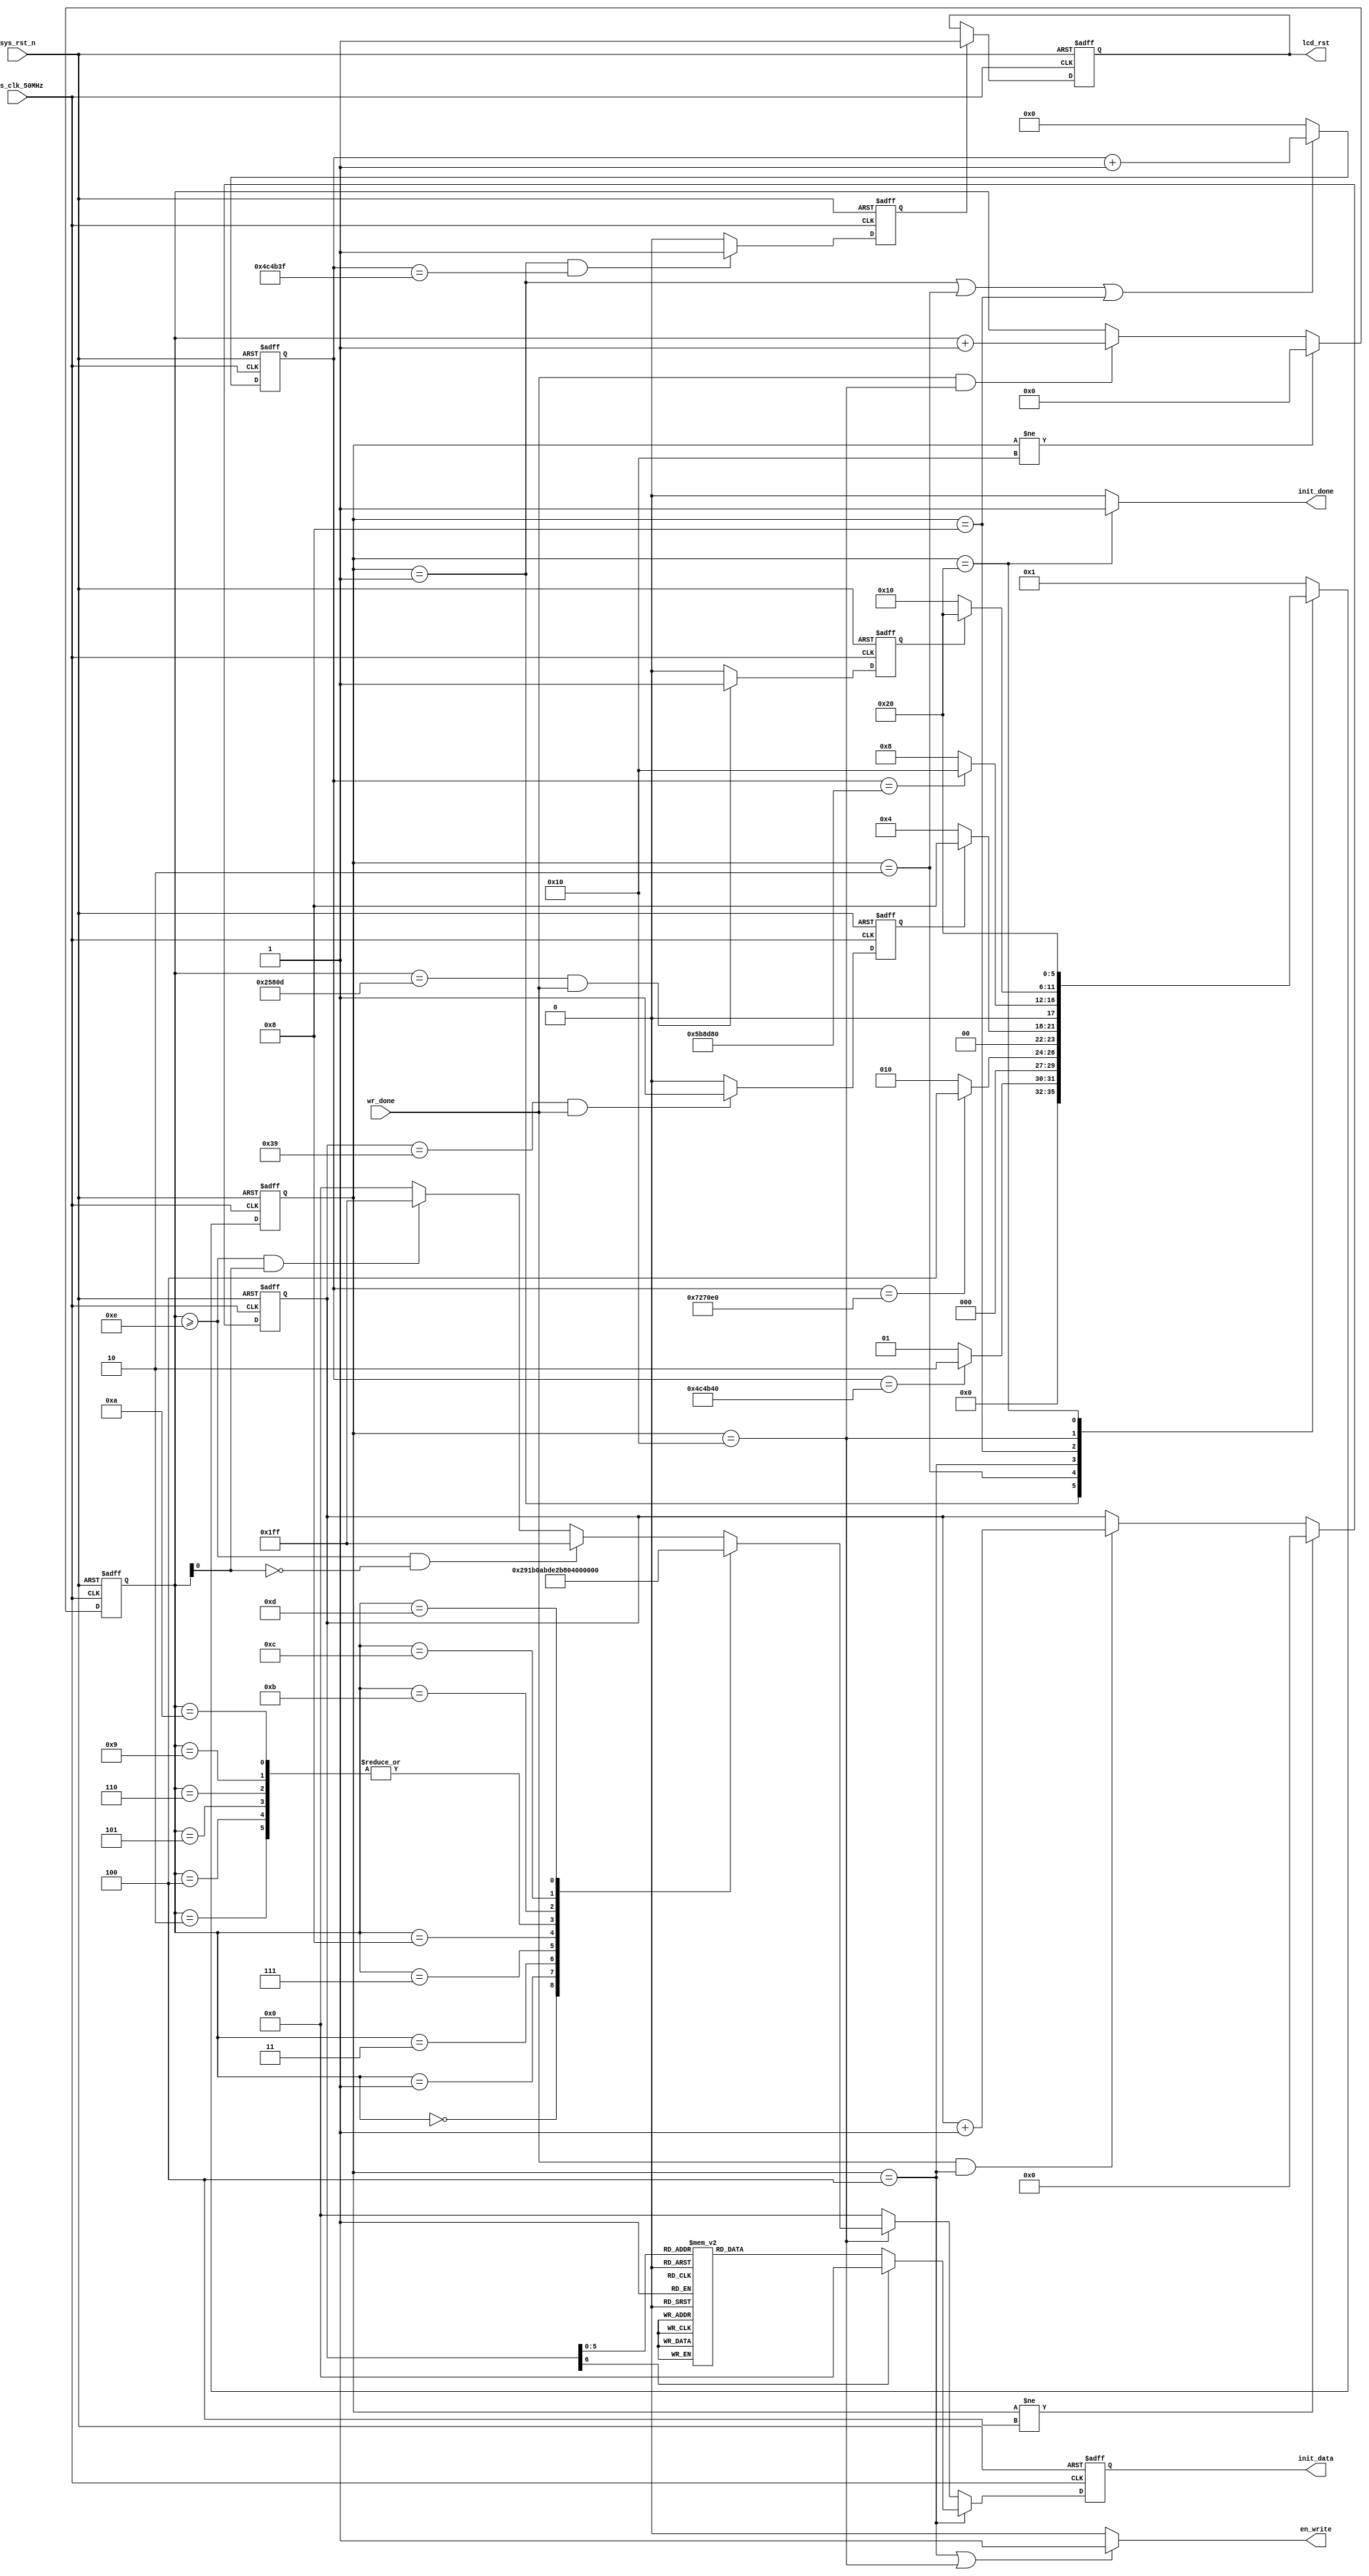


module lcd_init
//#(//
//    parameter   TIME100MS    = 23'd100,  //23'd5000_000  
//                TIME150MS    = 23'd150,  //23'd7500_000  
//                TIME120MS    = 23'd120,  //23'd6000_000  
//                TIMES4MAX    = 18'd51 ,  //320*240*2+13=153_613 
//                DATA_IDLE    = 9'b0_0000_0000
//)
 #(//lcd
     parameter   TIME100MS    = 23'd5000_000,  //23'd5000_000  
                 TIME150MS    = 23'd7500_000,  //23'd7500_000  
                 TIME120MS    = 23'd6000_000,  //23'd6000_000  
                 TIMES4MAX    = 18'd153_613 ,  //320*240*2+13=153_613   
                 DATA_IDLE    = 9'b0_0000_0000
 )
(
    input   wire            sys_clk_50MHz ,
    input   wire            sys_rst_n     ,
    input   wire            wr_done       ,
    
    
    output  reg             lcd_rst       ,
    output  reg     [8:0]   init_data     ,
    output  wire            en_write      ,
    output  wire            init_done
);
//****************** Parameter and Internal Signal *******************//
//
parameter   WHITE   = 16'hFFFF,
            BLACK   = 16'h0000,	  
            BLUE    = 16'h001F,  
            BRED    = 16'hF81F,
            GRED 	= 16'hFFE0,
            GBLUE	= 16'h07FF,
            RED     = 16'hF800,
            MAGENTA = 16'hF81F,
            GREEN   = 16'h07E0,
            CYAN    = 16'h7FFF,
            YELLOW  = 16'hFFE0,
            BROWN 	= 16'hBC40, //
            BRRED 	= 16'hFC07, //
            GRAY  	= 16'h8430; //

//----------------------------------------------------------------- 
reg [5:0]   state;
parameter   S0_DELAY100MS         = 6'b000_001, 
            S1_DELAY50MS          = 6'b000_010,
            S2_WR_90              = 6'b000_100,
            S3_DELAY120MS         = 6'b001_000,
            S4_WR_DIRECTION_CLEAR = 6'b010_000,
            DONE                  = 6'b100_000;
            
reg [22:0]  cnt_150ms;
reg         lcd_rst_high_flag;
reg [6:0]   cnt_s2_num;
reg         cnt_s2_num_done; 
reg [17:0]  cnt_s4_num;
reg         cnt_s4_num_done;   

//----------------------------------------------------------------- 
//            
always@(posedge sys_clk_50MHz or negedge sys_rst_n)
    if(!sys_rst_n)
        state <= S0_DELAY100MS;
    else
        case(state)
            S0_DELAY100MS:
                state <= (cnt_150ms == TIME100MS) ? S1_DELAY50MS : S0_DELAY100MS;
            S1_DELAY50MS:
                state <= (cnt_150ms == TIME150MS) ? S2_WR_90 : S1_DELAY50MS;
            S2_WR_90:
                state <= (cnt_s2_num_done) ? S3_DELAY120MS : S2_WR_90;
            S3_DELAY120MS:
                state <= (cnt_150ms == TIME120MS) ? S4_WR_DIRECTION_CLEAR : S3_DELAY120MS; 
            S4_WR_DIRECTION_CLEAR:
                state <= (cnt_s4_num_done) ? DONE : S4_WR_DIRECTION_CLEAR;
            DONE:
                state <= DONE;
            default:
                state <= S0_DELAY100MS;
        endcase

//cnt_150ms
always@(posedge sys_clk_50MHz or negedge sys_rst_n)
    if(!sys_rst_n)
        cnt_150ms <= 23'd0;
    else if(state == S0_DELAY100MS || state == S1_DELAY50MS || state == S3_DELAY120MS )
        cnt_150ms <= cnt_150ms + 1'b1;
    else
        cnt_150ms <= 23'd0;
        
//lcd_rst_high_flag
always@(posedge sys_clk_50MHz or negedge sys_rst_n)
    if(!sys_rst_n)
        lcd_rst_high_flag <= 1'b0;
    else if(state == S0_DELAY100MS && (cnt_150ms == TIME100MS - 1'b1))
        lcd_rst_high_flag <= 1'b1;
    else
        lcd_rst_high_flag <= 1'b0;

//lcd_rst
always@(posedge sys_clk_50MHz or negedge sys_rst_n)
    if(!sys_rst_n)
        lcd_rst <= 1'b0;
    else if(lcd_rst_high_flag)
        lcd_rst <= 1'b1;
    else
        lcd_rst <= lcd_rst;
//----------------------------------------------------------------- 
//cnt_s2_num/
always@(posedge sys_clk_50MHz or negedge sys_rst_n)
    if(!sys_rst_n)
        cnt_s2_num <= 7'd0;
    else if(state != S2_WR_90)
        cnt_s2_num <= 7'd0;
    else if(wr_done && state == S2_WR_90)
        cnt_s2_num <= cnt_s2_num + 1'b1;
    else
        cnt_s2_num <= cnt_s2_num;

//cnt_s2_num_done == 1'b1S2_WR_90
always@(posedge sys_clk_50MHz or negedge sys_rst_n)
    if(!sys_rst_n)
        cnt_s2_num_done <= 1'b0;
    else if(cnt_s2_num == 7'd57 && wr_done == 1'b1)
        cnt_s2_num_done <= 1'b1;
    else
        cnt_s2_num_done <= 1'b0;
        
//init_data[8:0]
always@(posedge sys_clk_50MHz or negedge sys_rst_n)
    if(!sys_rst_n)
        init_data <= DATA_IDLE;
    else if(state == S2_WR_90)
        ///
        case(cnt_s2_num)    //init_data[8] == 1'b1 == 1'b0
		  /*
				7'd0 :  init_data <= 9'h03a ; 
            7'd1 :  init_data <= 9'h105 ;                        
            7'd2 :  init_data <= 9'h0b2 ;                        
            7'd3 :  init_data <= 9'h10c ;                        
            7'd4 :  init_data <= 9'h10c ;  
            7'd5 :  init_data <= 9'h100 ;                        
            7'd6 :  init_data <= 9'h133 ;                        
            7'd7 :  init_data <= 9'h133 ;                        
            7'd8 :  init_data <= 9'h0b7 ;                        
            7'd9 :  init_data <= 9'h135 ;  
            7'd10:  init_data <= 9'h0bb ;                        
            7'd11:  init_data <= 9'h132 ;                        
            7'd12:  init_data <= 9'h0c2 ;                        
            7'd13:  init_data <= 9'h101 ;  
            7'd14:  init_data <= 9'h0c3 ;                        
            7'd15:  init_data <= 9'h115 ;                        
            7'd16:  init_data <= 9'h0c4 ;                        
            7'd17:  init_data <= 9'h120 ;                        
            7'd18:  init_data <= 9'h0c6 ;                        
            7'd19:  init_data <= 9'h10f ;	
            7'd20:  init_data <= 9'h0d0 ;                        
            7'd21:  init_data <= 9'h1a4 ;  
            7'd22:  init_data <= 9'h1a1 ;                        
            7'd23:  init_data <= 9'h0e0 ;                        
            7'd24:  init_data <= 9'h1d0 ;  
            7'd25:  init_data <= 9'h108 ;                        
            7'd26:  init_data <= 9'h10e ;  
            7'd27:  init_data <= 9'h109 ;                        
            7'd28:  init_data <= 9'h109 ;  
            7'd29:  init_data <= 9'h105 ;                        
            7'd30:  init_data <= 9'h131 ;                        
            7'd31:  init_data <= 9'h133 ;  
            7'd32:  init_data <= 9'h148 ;                        
            7'd33:  init_data <= 9'h117 ;  
            7'd34:  init_data <= 9'h114 ;                        
            7'd35:  init_data <= 9'h115 ;				
            7'd36:  init_data <= 9'h131 ;                        
            7'd37:  init_data <= 9'h134 ;  
            7'd38:  init_data <= 9'h0e1 ;                        
            7'd39:  init_data <= 9'h1d0 ;                        
            7'd40:  init_data <= 9'h108 ;  
            7'd41:  init_data <= 9'h10e ;                        
            7'd42:  init_data <= 9'h109 ;                        
            7'd43:  init_data <= 9'h109 ;  
            7'd44:  init_data <= 9'h115 ;                        
            7'd45:  init_data <= 9'h131 ;  
            7'd46:  init_data <= 9'h133 ;                        
            7'd47:  init_data <= 9'h148 ;  
            7'd48:  init_data <= 9'h117 ;                        
            7'd49:  init_data <= 9'h114 ;                        
            7'd50:  init_data <= 9'h115 ;                        
            7'd51:  init_data <= 9'h131 ;                        
            7'd52:  init_data <= 9'h134 ;                        
            7'd53:  init_data <= 9'h021 ;                        
            7'd54:  init_data <= 9'h029 ;
				7'd55:  init_data <= 9'h02b ;                             
            7'd56:  init_data <= 9'h100 ;
            7'd57:  init_data <= 9'h100 ;
            7'd58:  init_data <= 9'h101 ;
            7'd59:  init_data <= 9'h13f ;                             
            7'd60:  init_data <= 9'h02a ;                             
            7'd61:  init_data <= 9'h100 ;
            7'd62:  init_data <= 9'h100 ;
            7'd63:  init_data <= 9'h100 ;
            7'd64:  init_data <= 9'h1ef ;
				7'd65:  init_data <= 9'h011 ;
				7'd66:  init_data <= 9'h029 ;
            7'd67:  init_data <= 9'h036 ;
				7'd68:  init_data <= 9'h100 ;
  */  
///* 
				7'd0:  init_data <= 9'h011 ;
            7'd1:  init_data <= 9'h036 ;
				7'd2:  init_data <= 9'h100 ;
            7'd3 :  init_data <= 9'h03a ; 
            7'd4 :  init_data <= 9'h105 ;                        
            7'd5 :  init_data <= 9'h0b2 ;                        
            7'd6 :  init_data <= 9'h10c ;                        
            7'd7 :  init_data <= 9'h10c ;  
            7'd8 :  init_data <= 9'h100 ;                        
            7'd9 :  init_data <= 9'h133 ;                        
            7'd10 :  init_data <= 9'h133 ;                        
            7'd11 :  init_data <= 9'h0b7 ;                        
            7'd12 :  init_data <= 9'h135 ;  
            7'd13:  init_data <= 9'h0bb ;                        
            7'd14:  init_data <= 9'h132 ;                        
            7'd15:  init_data <= 9'h0c2 ;                        
            7'd16:  init_data <= 9'h101 ;  
            7'd17:  init_data <= 9'h0c3 ;                        
            7'd18:  init_data <= 9'h115 ;                        
            7'd19:  init_data <= 9'h0c4 ;                        
            7'd20:  init_data <= 9'h120 ;                        
            7'd21:  init_data <= 9'h0c6 ;                        
            7'd22:  init_data <= 9'h10f ;	
            7'd23:  init_data <= 9'h0d0 ;                        
            7'd24:  init_data <= 9'h1a4 ;  
            7'd25:  init_data <= 9'h1a1 ;                        
            7'd26:  init_data <= 9'h0e0 ;                        
            7'd27:  init_data <= 9'h1d0 ;  
            7'd28:  init_data <= 9'h108 ;                        
            7'd29:  init_data <= 9'h10e ;  
            7'd30:  init_data <= 9'h109 ;                        
            7'd31:  init_data <= 9'h109 ;  
            7'd32:  init_data <= 9'h105 ;                        
            7'd33:  init_data <= 9'h131 ;                        
            7'd34:  init_data <= 9'h133 ;  
            7'd35:  init_data <= 9'h148 ;                        
            7'd36:  init_data <= 9'h117 ;  
            7'd37:  init_data <= 9'h114 ;                        
            7'd38:  init_data <= 9'h115 ;				
            7'd39:  init_data <= 9'h131 ;                        
            7'd40:  init_data <= 9'h134 ;  
            7'd41:  init_data <= 9'h0e1 ;                        
            7'd42:  init_data <= 9'h1d0 ;                        
            7'd43:  init_data <= 9'h108 ;  
            7'd44:  init_data <= 9'h10e ;                        
            7'd45:  init_data <= 9'h109 ;                        
            7'd46:  init_data <= 9'h109 ;  
            7'd47:  init_data <= 9'h115 ;                        
            7'd48:  init_data <= 9'h131 ;  
            7'd49:  init_data <= 9'h133 ;                        
            7'd50:  init_data <= 9'h148 ;  
            7'd51:  init_data <= 9'h117 ;                        
            7'd52:  init_data <= 9'h114 ;                        
            7'd53:  init_data <= 9'h115 ;                        
            7'd54:  init_data <= 9'h131 ;                        
            7'd55:  init_data <= 9'h134 ;                        
            7'd56:  init_data <= 9'h021 ;                        
            7'd57:  init_data <= 9'h029 ;
				
 //*/          
				
            default: init_data <= DATA_IDLE;
        endcase
        
    else if(state == S4_WR_DIRECTION_CLEAR)
        case(cnt_s4_num)
            'd0 :  init_data <= 9'h029;
            //LCD
            'd1 :  init_data <= 9'h036;
            'd2 :  init_data <= 9'h100;
            
            //LCD
            'd3 :  init_data <= 9'h02a;
                             
            'd4 :  init_data <= 9'h100;
            'd5 :  init_data <= 9'h100;
            'd6 :  init_data <= 9'h100;
            'd7 :  init_data <= 9'h1ef;
                             
            'd8 :  init_data <= 9'h02b;
                             
            'd9 :  init_data <= 9'h100;
            'd10:  init_data <= 9'h100;
            'd11:  init_data <= 9'h101;
            'd12:  init_data <= 9'h13f;
                             
            'd13:  init_data <= 9'h02c;
            
            //
            default : 
                //cnt_s4_num148
                if(cnt_s4_num >= 'd14 && cnt_s4_num[0] == 0)
                    init_data <= {1'b1,WHITE[15:8]};
                //cnt_s4_num148
                else if(cnt_s4_num >= 'd14 && cnt_s4_num[0] == 1)
                    init_data <= {1'b1,WHITE[7:0]};
                else
                    init_data <= DATA_IDLE;
        endcase
    else
        init_data <= DATA_IDLE;

//cnt_s4_num/
always@(posedge sys_clk_50MHz or negedge sys_rst_n)
    if(!sys_rst_n)
        cnt_s4_num <= 18'd0;
    else if(state != S4_WR_DIRECTION_CLEAR)
        cnt_s4_num <= 18'd0;
    else if(wr_done && state == S4_WR_DIRECTION_CLEAR)
        cnt_s4_num <= cnt_s4_num + 1'b1;
    else                   
        cnt_s4_num <= cnt_s4_num;

//cnt_s4_num_done
always@(posedge sys_clk_50MHz or negedge sys_rst_n)
    if(!sys_rst_n)
        cnt_s4_num_done <= 1'b0;
    else if(cnt_s4_num == TIMES4MAX && wr_done == 1'b1)
        cnt_s4_num_done <= 1'b1;
    else
        cnt_s4_num_done <= 1'b0;  
        
assign en_write = (state == S2_WR_90 || state == S4_WR_DIRECTION_CLEAR) ? 1'b1 : 1'b0;      

assign init_done = (state == DONE) ? 1'b1 : 1'b0;        
        
endmodule